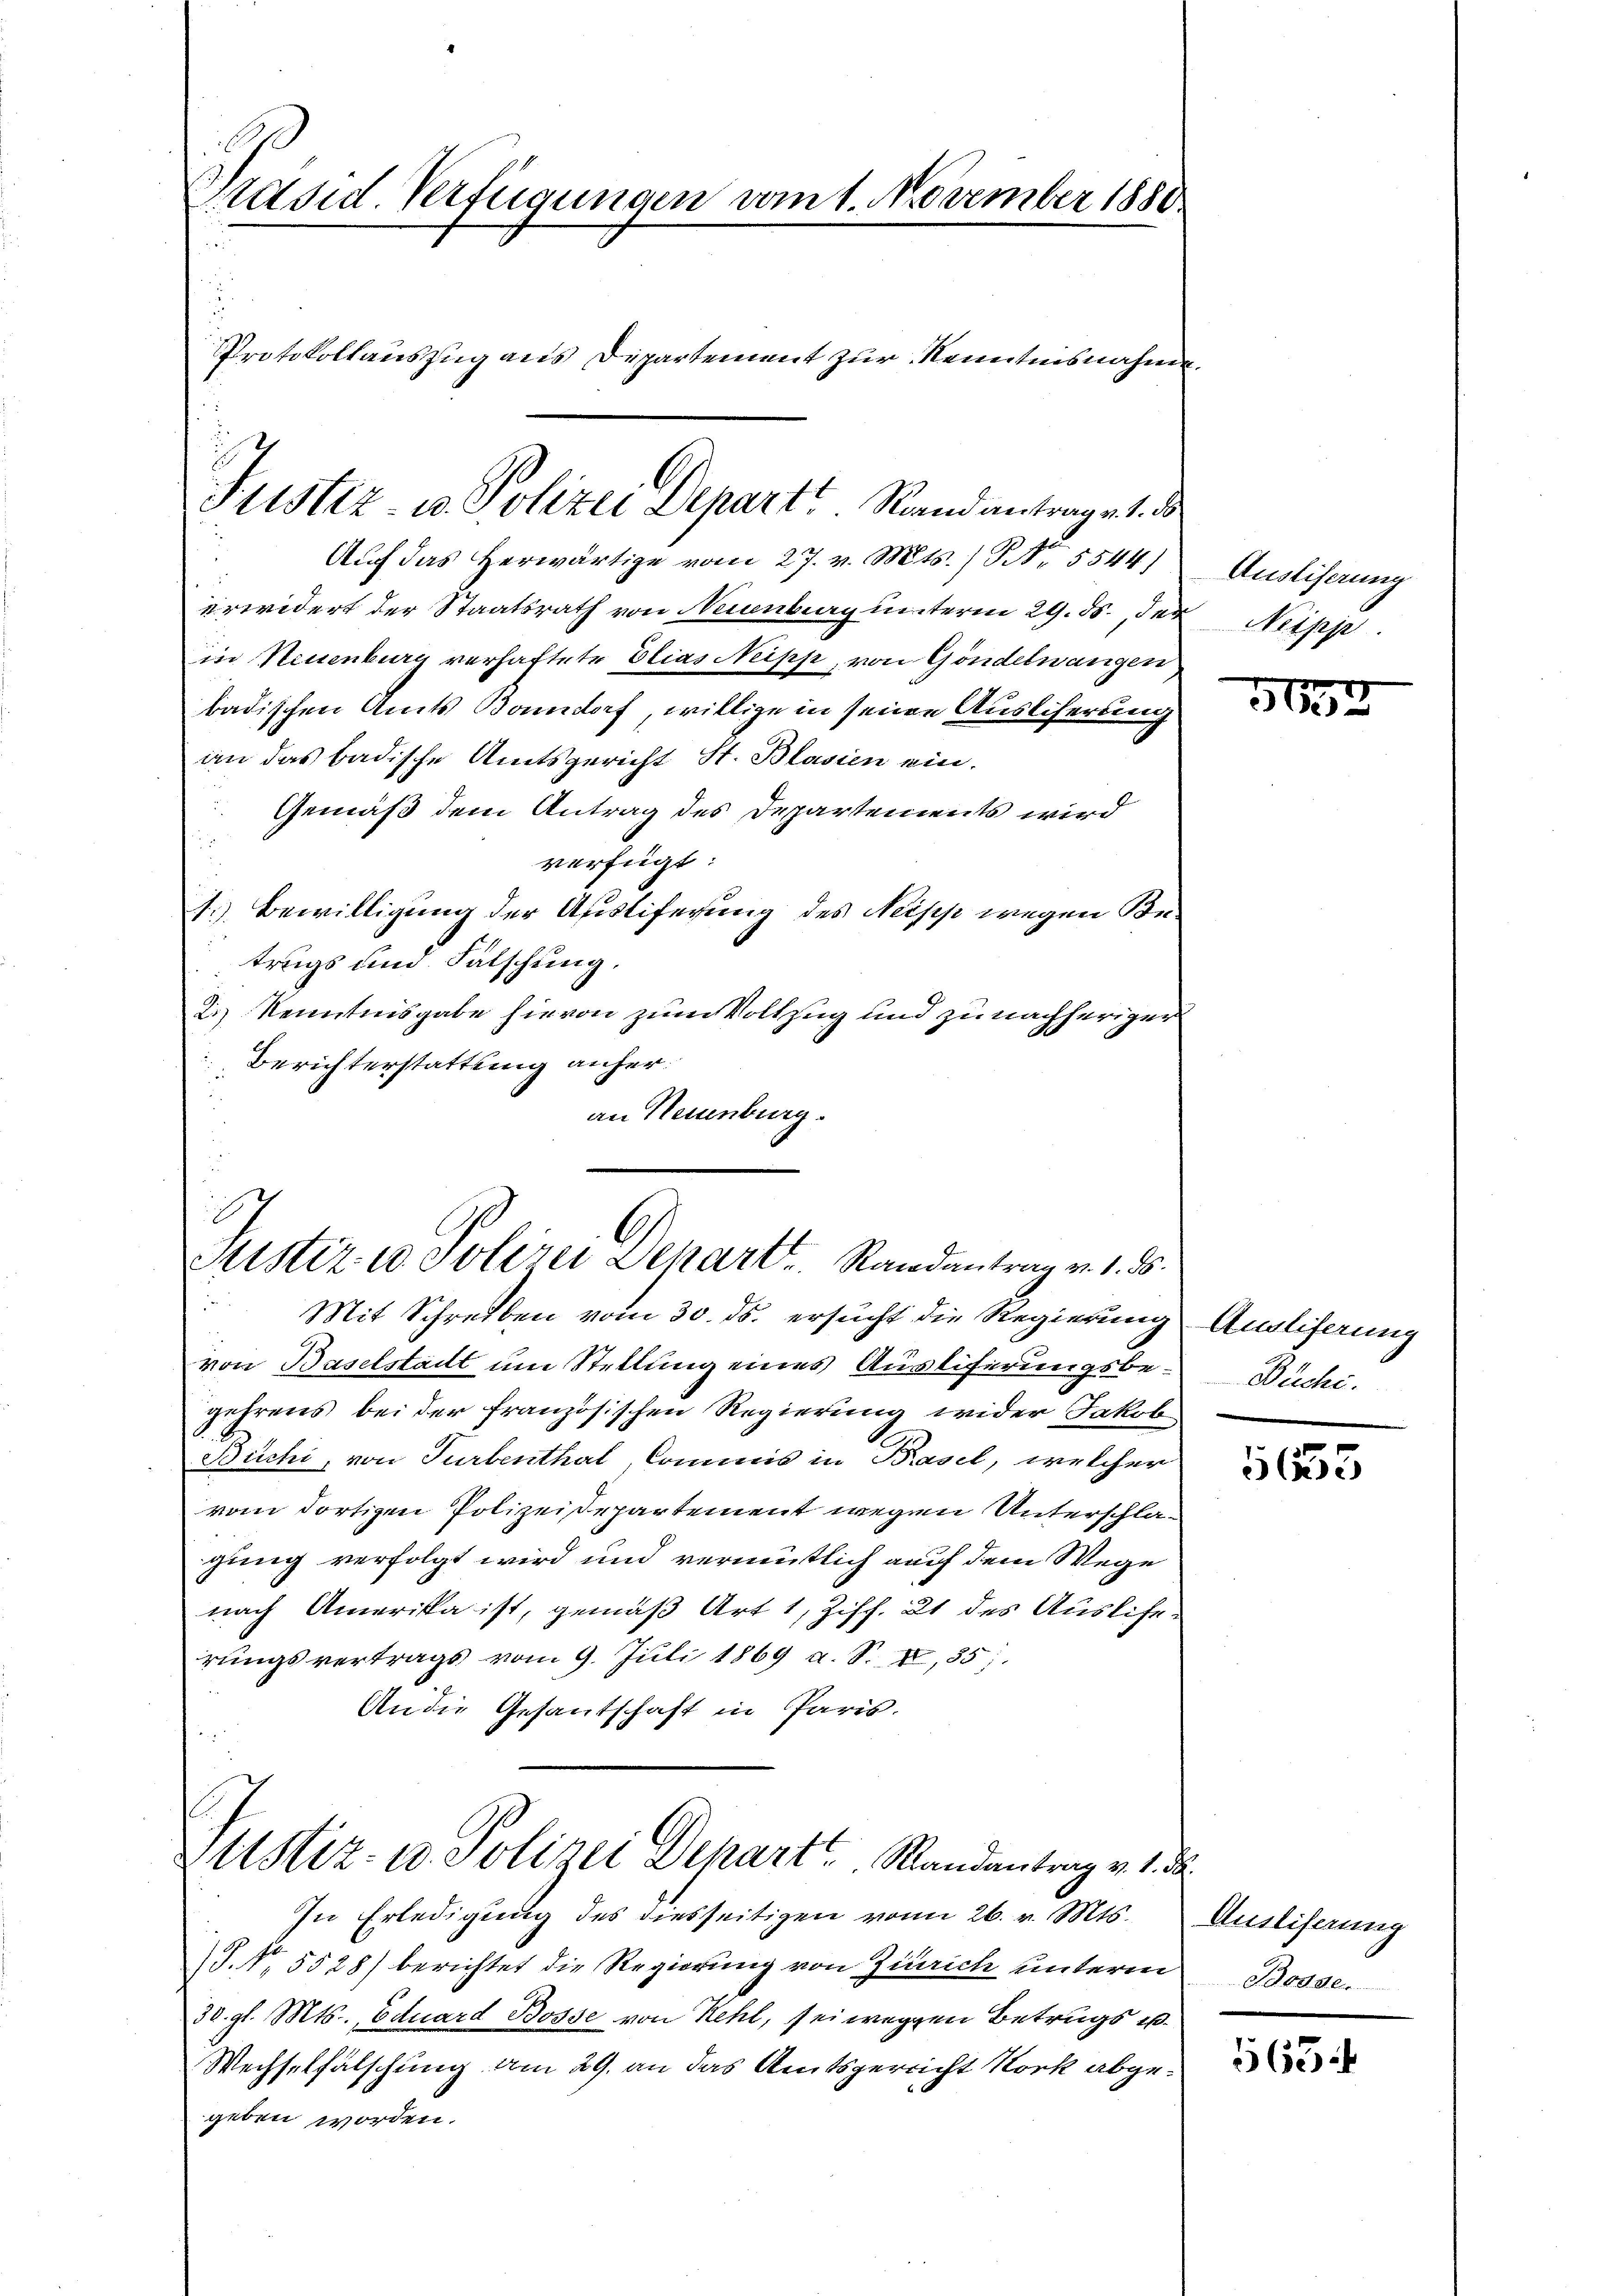
¬
Präsid. Verfügungen vom 1. November 1880.
Protokollauszug aus Departement zur Kenntnisnahme

Justiz- u. Polizei Departe. Rand antrage 1. d

Auf das herwärtige vom 27. v. Mts. ) Nr. 5544)
erwidert der Staatsrath von Neuenburg unterm 29. ds., der Neipp.
in Neuenburg verhaftete Elias Neipp, von Göndelwangen
badischen Amts Bonndorf, willige in seine Auslicherung
an das badische Amtsgericht St. Blasien ein.
Gemäß dem Antrag des Departements wird
verfügt:
1. Bewilligung der Ausliferung des Neipp wegen Betrugs und Fälschung.
2.) Kenntnisgabe hievon zum Vollzug und zu nachheriger
Berichterstattung anheran Neuenburg.

Mit Schreiben vom 30. ds. ersucht die Regierung Ausliferung
von Baselstadt um Stellung eines Ausliferungsbe-Büchi.
gehrens bei der französischen Regierung wider Jakob
Büchi, von Turbenthal, Commis in Basel, welcher
vom dortigen Polizeisepartement wegen Unterschlagung verfolgt wird und vermutlich auf dem Wege
nach Amerika ist, gemäß Art 1, Ziff. 21 des Auslierungsvertrags vom 9. Juli 1869 a. S. I, 35
An die Gesantschaft in Paris.

i
Sistiz- u. Polizei Depart, Randantrag v. 1. ds.

Pustiz- u. Polizei Depart u. Randentrag v. 1.

In Erledigung des diesseitigen vom 26. v. Mts.
S. Nr. 5528) berichtet die Regierung von Zürich unterm
30. gl. Mts., Eduard Bosse von Kehl, sei wegen Betrugs u.
Wechselfälschung am 29. an das Amtsgericht Stock abgegeben worden.

Ausliserung

3694

565

Unsliserung
Bdodden

563